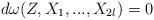
LaTeX: \begin{align*}d\omega(Z, X_{1}, ..., X_{2l}) = 0\end{align*}